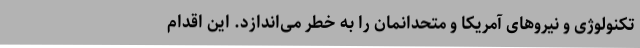
تکنولوژی و نیروهای آمریکا و متحدانمان را به خطر می‌اندازد. این اقدام